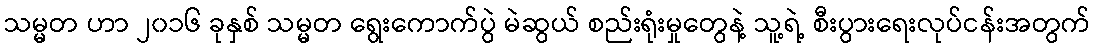
သမ္မတ ဟာ ၂၀၁၆ ခုနှစ် သမ္မတ ရွေးကောက်ပွဲ မဲဆွယ် စည်းရုံးမှုတွေနဲ့ သူ့ရဲ့ စီးပွားရေးလုပ်ငန်းအတွက်